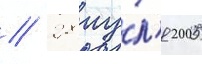
// 28 иу́л'я 2005